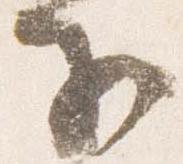
子